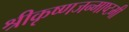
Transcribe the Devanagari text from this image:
श्रीकृष्णजन्माष्टमी